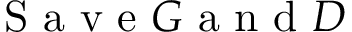
\mathrm { ~ S ~ a ~ v ~ e ~ } G \mathrm { ~ a ~ n ~ d ~ } D